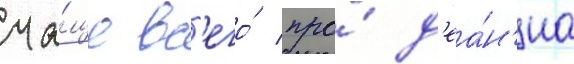
ча́ще вс'его́ про́ д'еа́н'иа